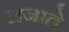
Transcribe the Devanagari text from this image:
लजाते